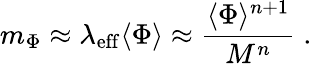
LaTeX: m_{\Phi}\approx\lambda_{\mathrm{eff}}\langle\Phi\rangle\approx{\frac{\langle\Phi\rangle^{n+1}}{M^{n}}}\; .